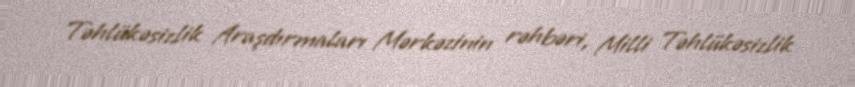
Təhlükəsizlik Araşdırmaları Mərkəzinin rəhbəri, Milli Təhlükəsizlik